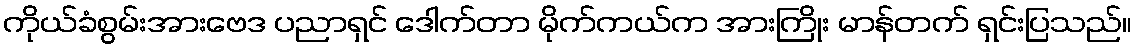
ကိုယ်ခံစွမ်းအားဗေဒ ပညာရှင် ဒေါက်တာ မိုက်ကယ်က အားကြိုး မာန်တက် ရှင်းပြသည်။